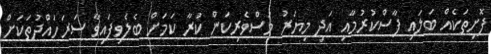
ފޮށިތަކެއް ބަލައި ފާސްކުރުމާއި އަދި މިޔަރު މަސްވެރިކަން ކުރާ ކަމަށް ބެލެވިފައިވާ ސަރަހައްދުތަކަށް